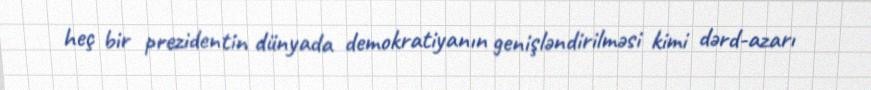
heç bir prezidentin dünyada demokratiyanın genişləndirilməsi kimi dərd-azarı